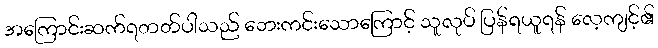
အကြောင်းဆက်ရတတ်ပါသည် ဘေးကင်းသောကြောင့် သူလုပ် ပြန်ရယူရန် လေ့ကျင့်၏